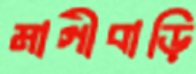
মাগীবাড়ি